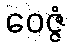
ဝေဇ္ဇံ